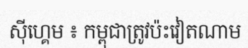
ស៊ីហ្គេម ៖ កម្ពុជាត្រូវប៉ះវៀតណាម